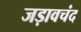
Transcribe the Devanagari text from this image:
जड़ावचंद